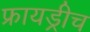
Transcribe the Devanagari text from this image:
फ्रायड्रीच